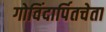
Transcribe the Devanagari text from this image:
गोविंदार्पितचेता